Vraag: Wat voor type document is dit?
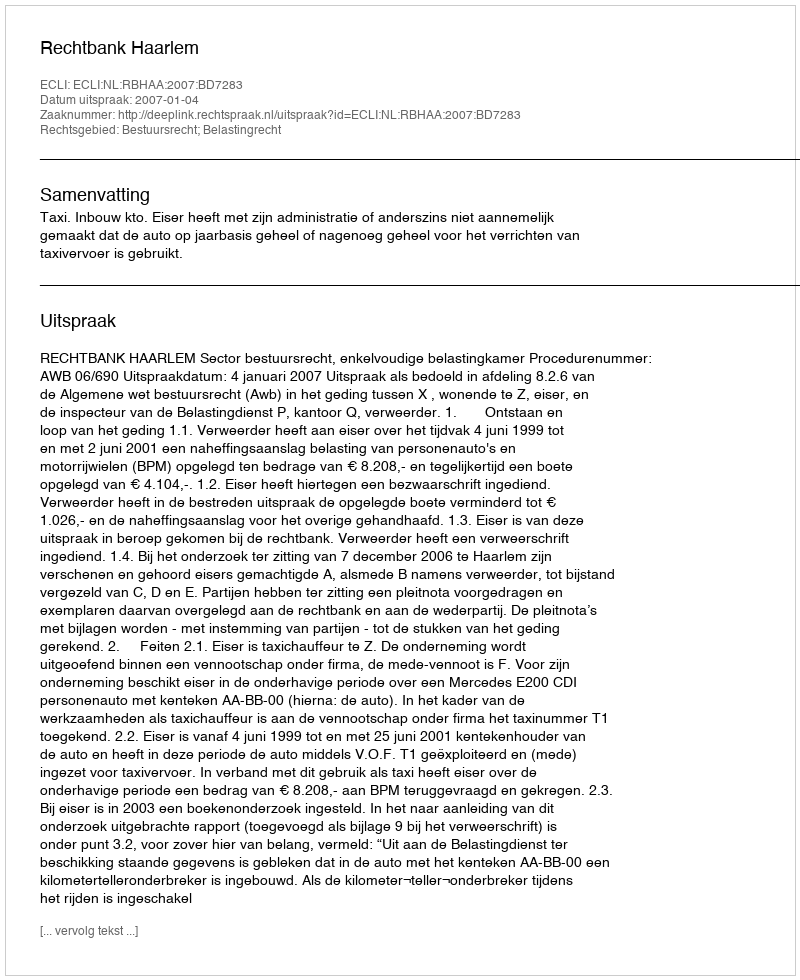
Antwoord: Uitspraak